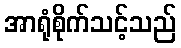
အာရုံစိုက်သင့်သည်